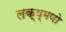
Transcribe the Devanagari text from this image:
लक्ष्मणो